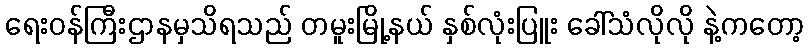
ရေးဝန်ကြီးဌာနမှသိရသည် တမူးမြို့နယ် နှစ်လုံးပြူး ခေါ်သံလိုလို နဲ့ကတော့